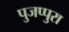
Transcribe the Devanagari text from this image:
पुजप्पुरा